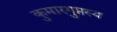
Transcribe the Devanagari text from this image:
कुमारगुप्तस्य